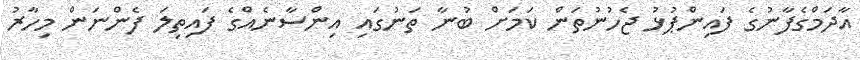
އާދަމްގެފާނުގެ ފައިންޕުޅު ޖެހުނުތަން ކަމަށް ބުނާ ތަނުގައި އިންސާނެއްގެ ފައިތިލަ ފެންނަން މިހާރު